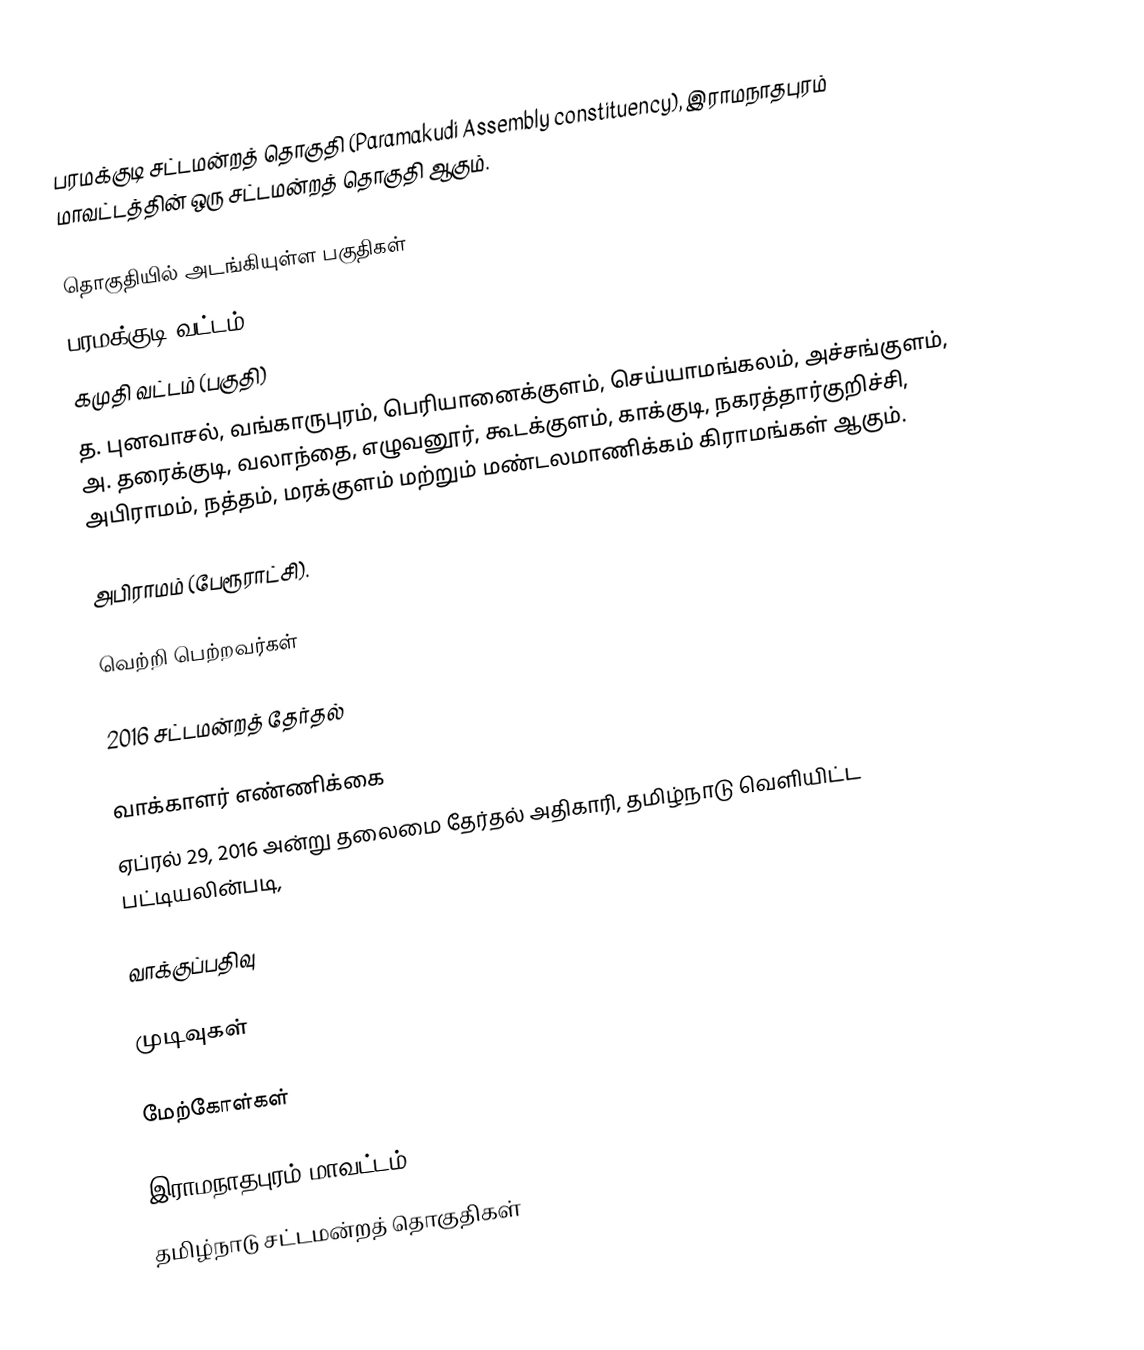
பரமக்குடி சட்டமன்றத் தொகுதி (Paramakudi Assembly constituency), இராமநாதபுரம் மாவட்டத்தின் ஒரு சட்டமன்றத் தொகுதி ஆகும்.

தொகுதியில் அடங்கியுள்ள பகுதிகள்
பரமக்குடி வட்டம்
கமுதி வட்டம் (பகுதி)
த. புனவாசல், வங்காருபுரம், பெரியானைக்குளம், செய்யாமங்கலம், அச்சங்குளம், அ. தரைக்குடி, வலாந்தை, எழுவனூர், கூடக்குளம், காக்குடி, நகரத்தார்குறிச்சி, அபிராமம், நத்தம், மரக்குளம் மற்றும் மண்டலமாணிக்கம் கிராமங்கள் ஆகும்.

அபிராமம் (பேரூராட்சி).

வெற்றி பெற்றவர்கள்

2016 சட்டமன்றத் தேர்தல்

வாக்காளர் எண்ணிக்கை
ஏப்ரல் 29, 2016 அன்று தலைமை தேர்தல் அதிகாரி, தமிழ்நாடு வெளியிட்ட பட்டியலின்படி,

வாக்குப்பதிவு

முடிவுகள்

மேற்கோள்கள்

இராமநாதபுரம் மாவட்டம்
தமிழ்நாடு சட்டமன்றத் தொகுதிகள்